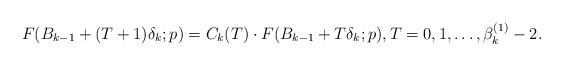
LaTeX: \begin{align*} F(B_{k-1}+(T+1)\delta_k ;p)=C_k(T)\cdot F(B_{k-1}+T\delta_k ;p), T=0,1,\dots ,\beta^{(1)}_k -2. \end{align*}